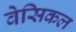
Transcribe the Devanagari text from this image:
वेसिकल